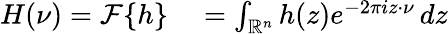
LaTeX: \begin{array}{rl}{H(\nu)={\mathcal{F}}\{ h\} }&{{}=\int_{\mathbb{R}^{n}}h(z)e^{-2\pi iz\cdot\nu}\, dz}\end{array}